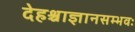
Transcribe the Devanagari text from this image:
देहश्चाज्ञानसम्भवः